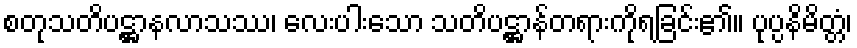
စတုသတိပဋ္ဌာနလာသဿ၊ လေးပါးသော သတိပဋ္ဌာန်တရားကိုရခြင်း၏။ ပုပ္ပနိမိတ္တံ၊